Note on the mental hospitals in Burma - 1925-1940
Year: 1925
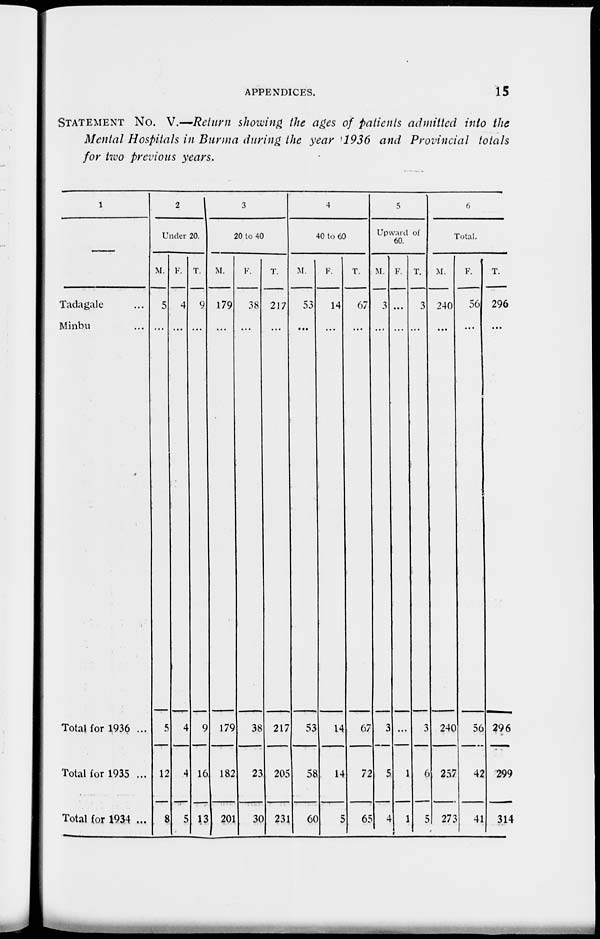
APPENDICES.
15
STATEMENT No. V.—Return showing the ages of patients admitted into the
Mental Hospitals in Burma during the year 1936 and Provincial totals
for two previous years.
1
Tadagale ...
Minbu ...
Total for 1936 ...
Total for 1935 ...
Total for 1934 ...
2
Under 20.
M.
5
...
5
12
8
F.
4
...
4
4
5
T.
9
...
9
16
13
3
20 to 40.
M.
179
...
179
182
201
F.
38
...
38
23
30
T.
217
...
217
205
231
4
40 to 60.
M.
53
...
53
58
60
F.
14
...
14
14
5
T.
67
...
67
11
65
5
Upward of
60.
M.
3
...
3
5
4
F.
...
...
...
1
1
T.
3
...
3
6
5
6
Total.
M.
240
...
240
257
273
F.
56
...
56
42
41
T.
296
...
296
299
314